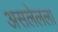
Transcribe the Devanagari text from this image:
असलेलला